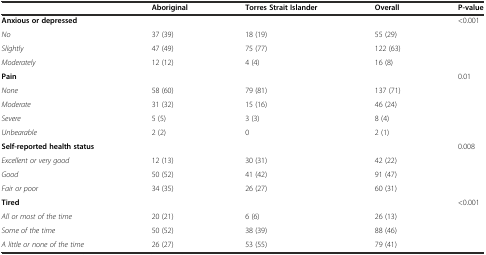
<table><thead><tr><td></td><td><b>Aboriginal</b></td><td><b>Torres Strait Islander</b></td><td><b>Overall</b></td><td><b>P-value</b></td></tr></thead><tbody><tr><td><b>Anxious or depressed</b></td><td></td><td></td><td></td><td>&lt;0.001</td></tr><tr><td><i>No</i></td><td>37 (39)</td><td>18 (19)</td><td>55 (29)</td><td></td></tr><tr><td><i>Slightly</i></td><td>47 (49)</td><td>75 (77)</td><td>122 (63)</td><td></td></tr><tr><td><i>Moderately</i></td><td>12 (12)</td><td>4 (4)</td><td>16 (8)</td><td></td></tr><tr><td><b>Pain</b></td><td></td><td></td><td></td><td>0.01</td></tr><tr><td><i>None</i></td><td>58 (60)</td><td>79 (81)</td><td>137 (71)</td><td></td></tr><tr><td><i>Moderate</i></td><td>31 (32)</td><td>15 (16)</td><td>46 (24)</td><td></td></tr><tr><td><i>Severe</i></td><td>5 (5)</td><td>3 (3)</td><td>8 (4)</td><td></td></tr><tr><td><i>Unbearable</i></td><td>2 (2)</td><td>0</td><td>2 (1)</td><td></td></tr><tr><td><b>Self-reported health status</b></td><td></td><td></td><td></td><td>0.008</td></tr><tr><td><i>Excellent or very good</i></td><td>12 (13)</td><td>30 (31)</td><td>42 (22)</td><td></td></tr><tr><td><i>Good</i></td><td>50 (52)</td><td>41 (42)</td><td>91 (47)</td><td></td></tr><tr><td><i>Fair or poor</i></td><td>34 (35)</td><td>26 (27)</td><td>60 (31)</td><td></td></tr><tr><td><b>Tired</b></td><td></td><td></td><td></td><td>&lt;0.001</td></tr><tr><td><i>All or most of the time</i></td><td>20 (21)</td><td>6 (6)</td><td>26 (13)</td><td></td></tr><tr><td><i>Some of the time</i></td><td>50 (52)</td><td>38 (39)</td><td>88 (46)</td><td></td></tr><tr><td><i>A little or none of the time</i></td><td>26 (27)</td><td>53 (55)</td><td>79 (41)</td><td></td></tr></tbody></table>